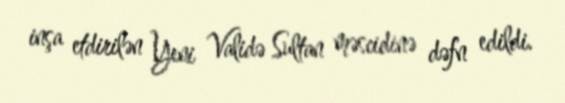
inşa etdirilən Yeni Validə Sultan məscidinə dəfn edildi.